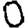
Digit: 0